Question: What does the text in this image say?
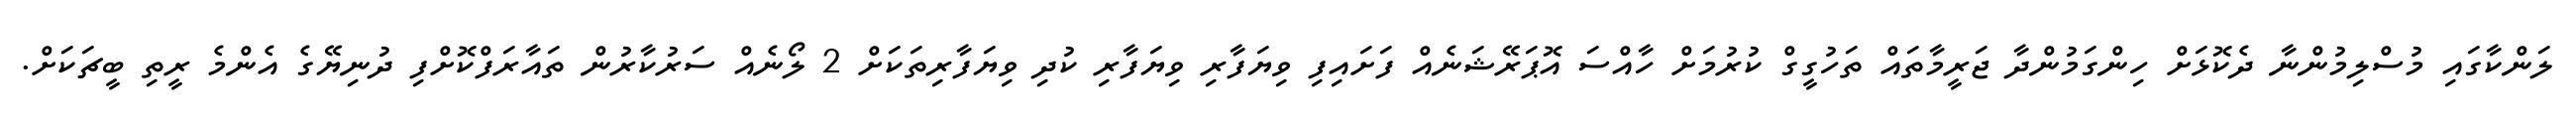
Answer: ލަންކާގައި މުސްލިމުންނާ ދެކޮޅަށް ހިންގަމުންދާ ޖަރީމާތައް ތަހުގީގް ކުރުމަށް ހާއްސަ އޮޕަރޭޝަނެއް ފަށައިފި ވިޔަފާރި ވިޔަފާރި ކުދި ވިޔަފާރިތަކަށް 2 ލޯނެއް ސަރުކާރުން ތައާރަފްކޮށްފި ދުނިޔޭގެ އެންމެ ރީތި ބީޗަކަށް.